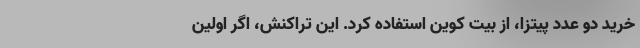
خرید دو عدد پیتزا، از بیت کوین استفاده کرد. این تراکنش، اگر اولین